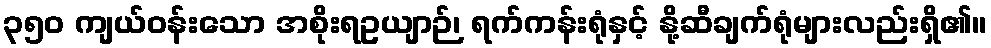
၃၅၀ ကျယ်ဝန်းသော အစိုးရဥယျာဉ်၊ ရက်ကန်းရုံနှင့် နို့ဆီချက်ရုံများလည်းရှိ၏။